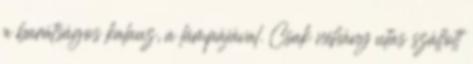
a barátságos kalauz, a lámpájával. Csak néhány utas szállott